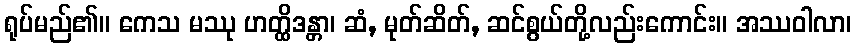
ရုပ်မည်၏။ ကေသ မဿု ဟတ္ထိဒန္တာ၊ ဆံ, မုတ်ဆိတ်, ဆင်စွယ်တို့လည်းကောင်း။ အဿဝါလာ၊